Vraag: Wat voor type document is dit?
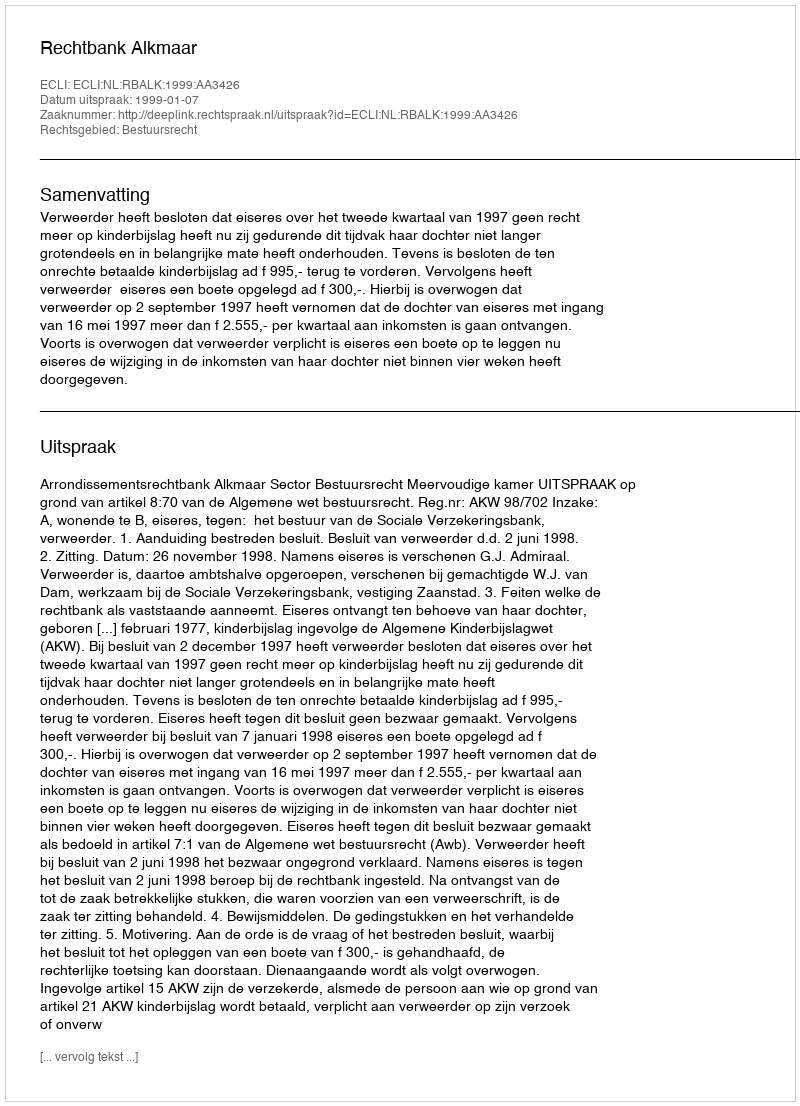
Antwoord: Uitspraak